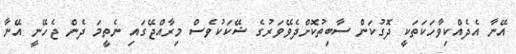
އޭނާ އެދެއްކިވާހަކަތަކީ ދޮގުކަން ސާބިތުކޮށްދެވޭވަރުގެ ޝޭކަކުވެސް މިރާއްޖޭގައި ނެތީމަ ދެން ޖެހޭނީ އޭނާ